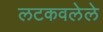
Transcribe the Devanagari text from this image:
लटकवलेले